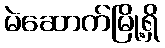
မဲဆောက်မြို့ရှိ